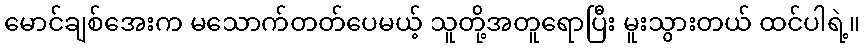
မောင်ချစ်အေးက မသောက်တတ်ပေမယ့် သူတို့အတူရောပြီး မူးသွားတယ် ထင်ပါရဲ့။